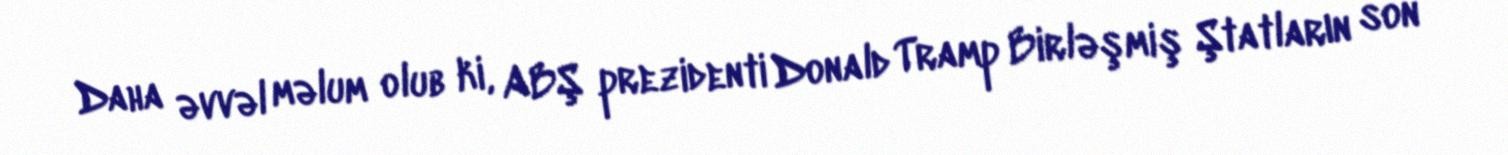
Daha əvvəl məlum olub ki, ABŞ prezidenti Donald Tramp Birləşmiş Ştatların son